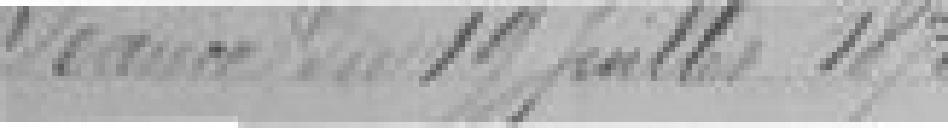
Séance du 19 juillet 1875